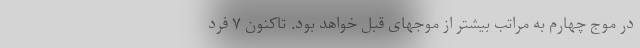
در موج چهارم به مراتب بیشتر از موجهای قبل خواهد بود. تاکنون ۷ فرد